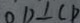
O D \bot C D